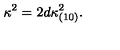
\kappa ^ { 2 } = 2 d \kappa _ { ( 1 0 ) } ^ { 2 } .